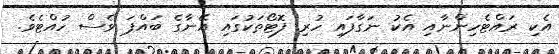
އެކި ރައްޓެހިންނާއި އެކު ނަގާފައި ހުރި ފޮޓޯތަކުގައި އޭނާގެ ބައްޕަ ވެސް ހުއްޓެވެ.